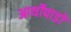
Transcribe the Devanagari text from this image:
आर्थोपाडों